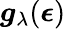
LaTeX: \boldsymbol{g}_{\mathbf{\lambda}}(\boldsymbol{\epsilon})